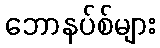
ဘောနပ်စ်များ